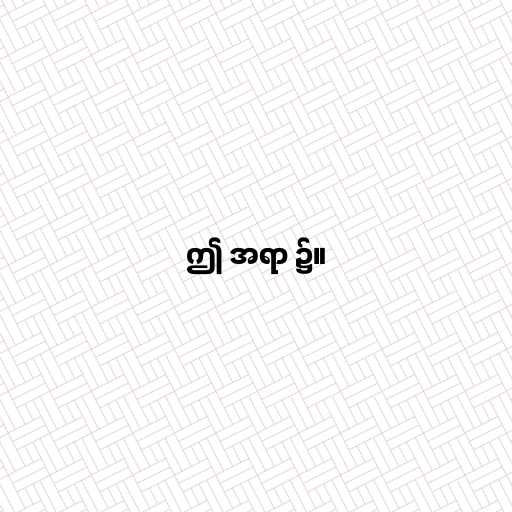
ဤ အရာ ၌။